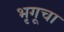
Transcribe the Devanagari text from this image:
भृगूचा